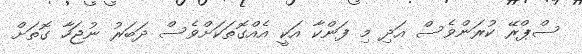
ސްޕްރޭ ކުރަންވެސް އަދި މި ފަންކާ އަކީ އެއްގޮތަކަށްވެސް ދަބަރު ނުޖަހާ ގޮތަށް